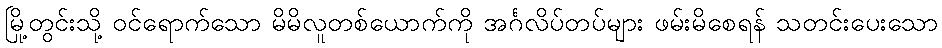
မြို့တွင်းသို့ ဝင်ရောက်သော မိမိလူတစ်ယောက်ကို အင်္ဂလိပ်တပ်များ ဖမ်းမိစေရန် သတင်းပေးသော